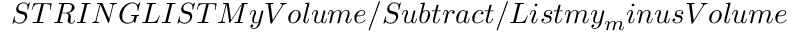
S T R I N G L I S T M y V o l u m e / S u b t r a c t / L i s t m y _ { m } i n u s V o l u m e